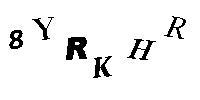
8YRKHR